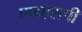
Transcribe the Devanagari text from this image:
एफएसपी